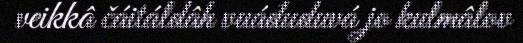
veikkâ čáitáldâh vuáđuduvá jo kulmâlov